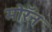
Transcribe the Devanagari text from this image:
मोरॅन